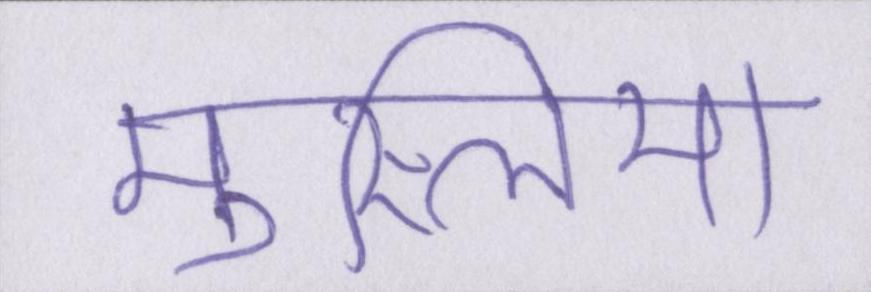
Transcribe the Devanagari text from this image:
मुस्लिमों